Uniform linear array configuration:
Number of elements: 16
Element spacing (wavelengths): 0.75
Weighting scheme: binomial
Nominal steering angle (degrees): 15
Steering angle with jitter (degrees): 13.468
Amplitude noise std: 0.05
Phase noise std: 0.05

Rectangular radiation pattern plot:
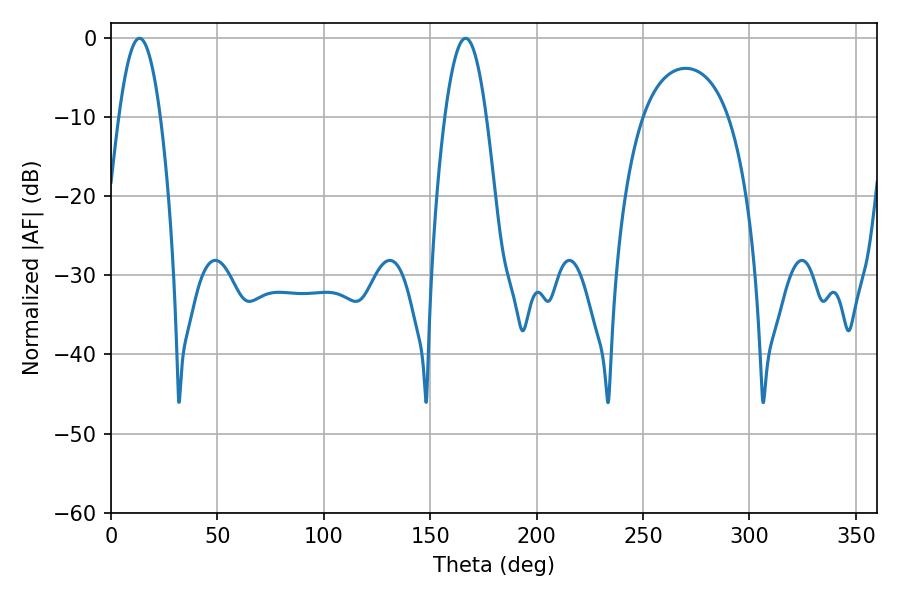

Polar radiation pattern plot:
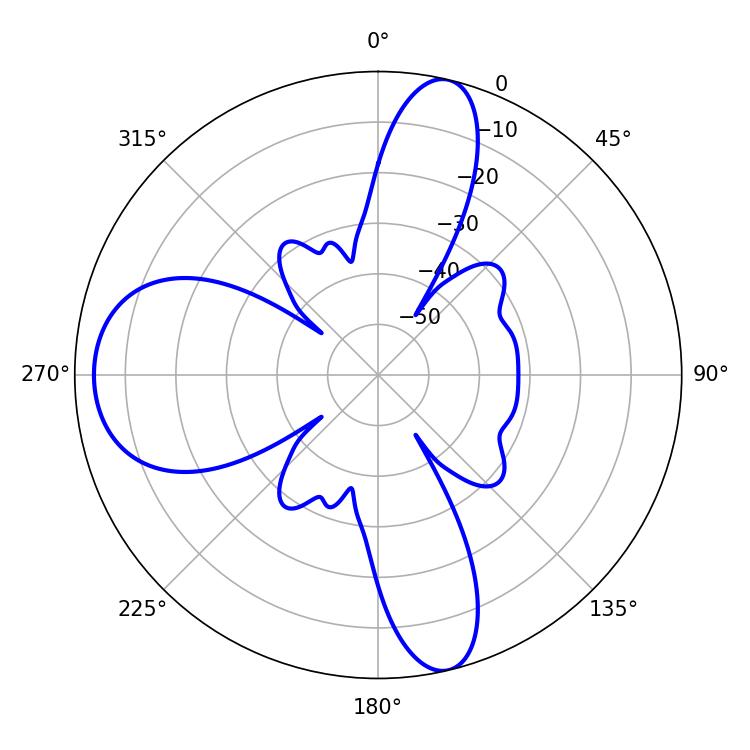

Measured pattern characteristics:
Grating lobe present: TRUE
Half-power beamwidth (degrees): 10.62
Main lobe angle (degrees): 13.32